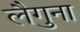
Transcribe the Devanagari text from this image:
लैगुना